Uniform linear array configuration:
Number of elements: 16
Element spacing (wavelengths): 0.5
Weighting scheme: hann
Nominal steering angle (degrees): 0
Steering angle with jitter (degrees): -0.7004
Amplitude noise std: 0.05
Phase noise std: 0.05

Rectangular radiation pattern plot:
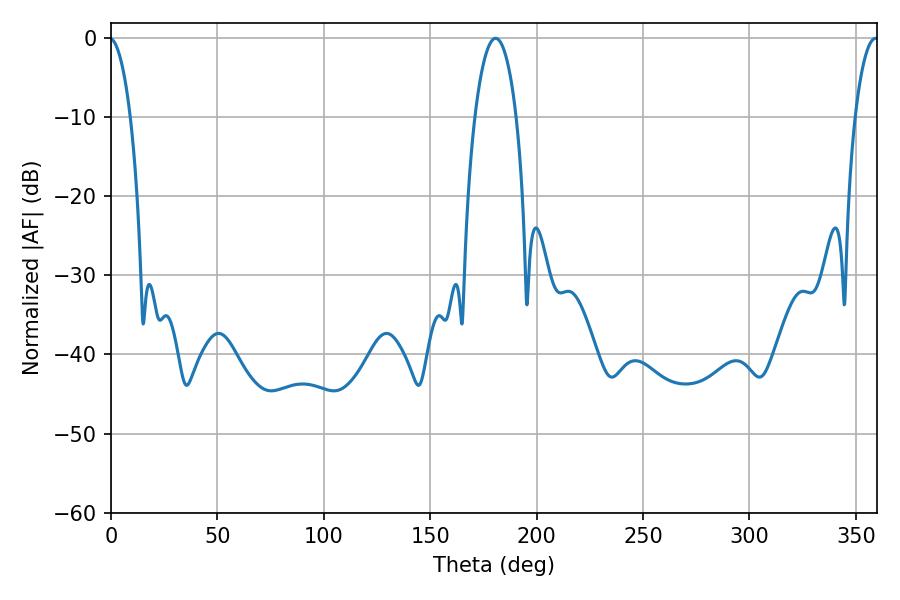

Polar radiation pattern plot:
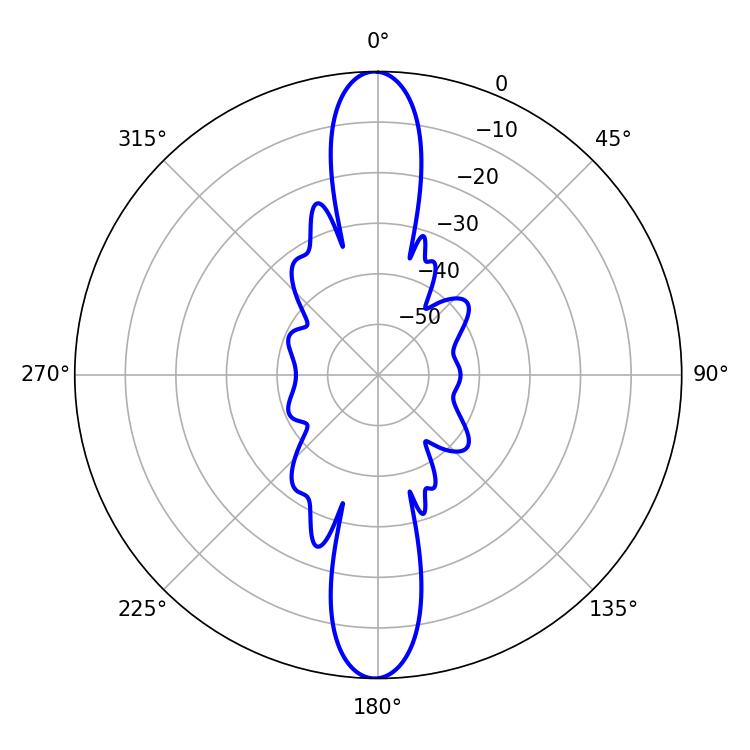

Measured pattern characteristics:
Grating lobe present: FALSE
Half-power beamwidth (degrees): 10.8
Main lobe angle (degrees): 180.72